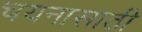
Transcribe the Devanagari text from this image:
चयनासाठी